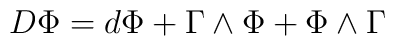
D \Phi = d \Phi + \Gamma \wedge \Phi + \Phi \wedge\Gamma \label q